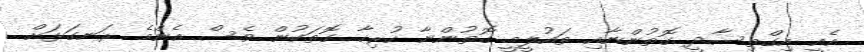
އެއީ އިގްތިސާދީ ގޮތުންނާއި ތައުލީމީ ގޮތުންނާ ހުރިހާ ގޮތަކުން ވެސް އެންމެ ރަނގަޅަށް